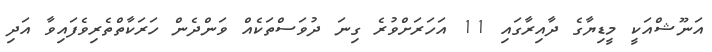
އަނޫޝްއަކީ މީޑިޔާގެ ދާއިރާގައި 11 އަހަރަށްވުރެ ގިނަ ދުވަސްތަކެއް ވަންދެން ހަރަކާތްތެރިވެފައިވާ އަދި